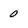
Character: 0